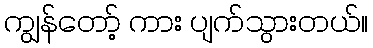
ကျွန်တော့် ကား ပျက်သွားတယ်။